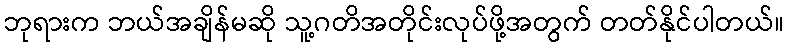
ဘုရားက ဘယ်အချိန်မဆို သူ့ဂတိအတိုင်းလုပ်ဖို့အတွက် တတ်နိုင်ပါတယ်။